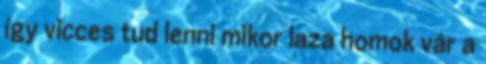
így vicces tud lenni mikor laza homok vár a